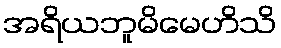
အရိယဘူမိမေဟိသိ